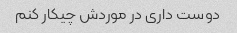
دوست داری در موردش چیکار کنم